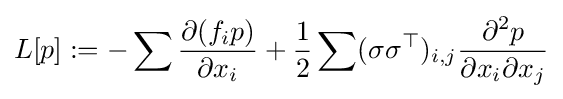
L[p]:=-\sum {\frac {\partial (f_{i}p)}{\partial x_{i}}}+{\frac {1}{2}}\sum (\sigma \sigma ^{\top })_{i,j}{\frac {\partial ^{2}p}{\partial x_{i}\partial x_{j}}}